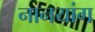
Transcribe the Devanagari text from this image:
नानयांग